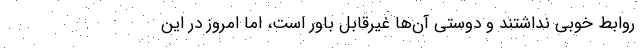
روابط خوبی نداشتند و دوستی آن‌ها غیرقابل باور است، اما امروز در این